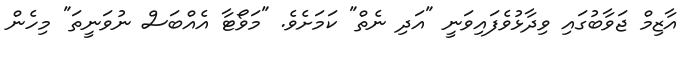
އާޒިމް ޖަވާބުގައި ވިދާޅުވެފައިވަނީ "އަދި ނެތް" ކަމަށެވެ. "މަވޯޓާ އެއްބަސް ނުވަނީތަ" މިހެން